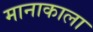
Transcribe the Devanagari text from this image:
मानाकाला